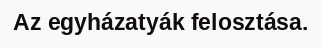
Az egyházatyák felosztása.